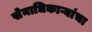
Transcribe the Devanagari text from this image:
सेनाधिकाऱ्यांचा